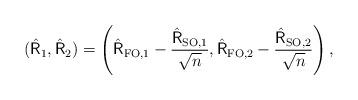
LaTeX: \begin{align*}(\hat{\mathsf{R}}_1, \hat{\mathsf{R}}_2) = \left(\hat{\mathsf{R}}_{\mathrm{FO},1} - \frac{\hat{\mathsf{R}}_{\mathrm{SO},1}}{\sqrt{n}}, \hat{\mathsf{R}}_{\mathrm{FO},2} - \frac{\hat{\mathsf{R}}_{\mathrm{SO},2}}{\sqrt{n}}\right),\end{align*}